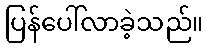
ပြန်ပေါ်လာခဲ့သည်။